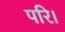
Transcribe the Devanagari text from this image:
परि।